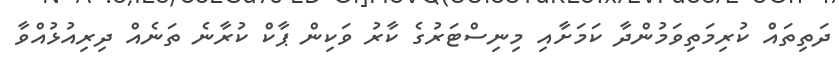
ދަތިތައް ކުރިމަތިވަމުންދާ ކަމަށާއި މިނިސްޓަރުގެ ކާރު ވަކިން ޕާކް ކުރާނެ ތަނެއް ދިރިއުޅުއްވާ